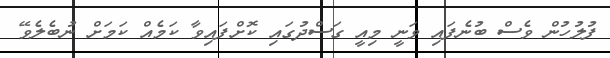
ފުލުހުން ވެސް ބުނެފައި ވަނީ މިއީ ގަސްދުގައި ކޮށްފައިވާ ކަމެއް ކަމަށް ނުބެލެވޭ